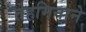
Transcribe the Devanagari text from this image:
तेहमिनाने